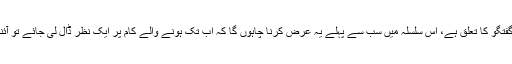
جہاں تک پاکستان میں نفاذ اسلام کی ترجیحات پر گفتگو کا تعلق ہے، اس سلسلہ میں سب سے پہلے یہ عرض کرنا چاہوں گا کہ اب تک ہونے والے کام پر ایک نظر ڈال لی جائے تو آئندہ ترجیحات پر غور ہمارے لیے آسان ہو جائے گا۔